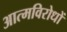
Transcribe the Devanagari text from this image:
आत्मविरोधों